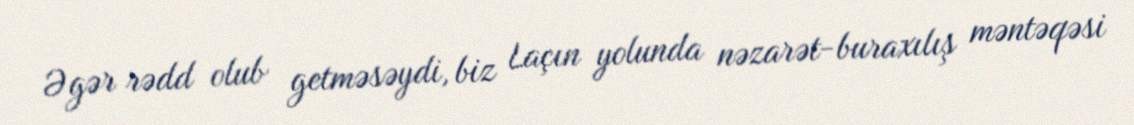
Əgər rədd olub getməsəydi, biz Laçın yolunda nəzarət-buraxılış məntəqəsi